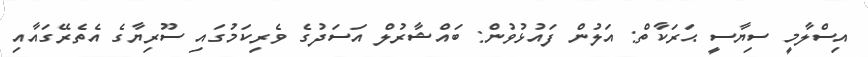
އިސްލާމީ ސިޔާސީ ޙަރަކާތް: އަލުން ފައުޅުވުން: ބައްޝާރުލް އަސަދުގެ ވެރިކަމުގައި ސޫރިޔާގެ އެތެރޭގައާއި